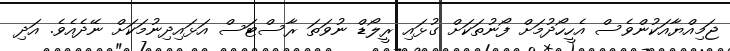
ޖަމިއްޔާއަކުންވެސް އެހީހޯދުމަށް ފޯނުތަކަށް ގުޅައި ރީލޯޑް ނުވަތަ ރާސްޓަސް އަޅައިދިނުމަކަށް ނޭދެއެވެ. އަދި